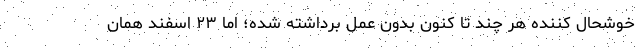
خوشحال کننده هر چند تا کنون بدون عمل برداشته شده؛ اما ۲۳ اسفند همان